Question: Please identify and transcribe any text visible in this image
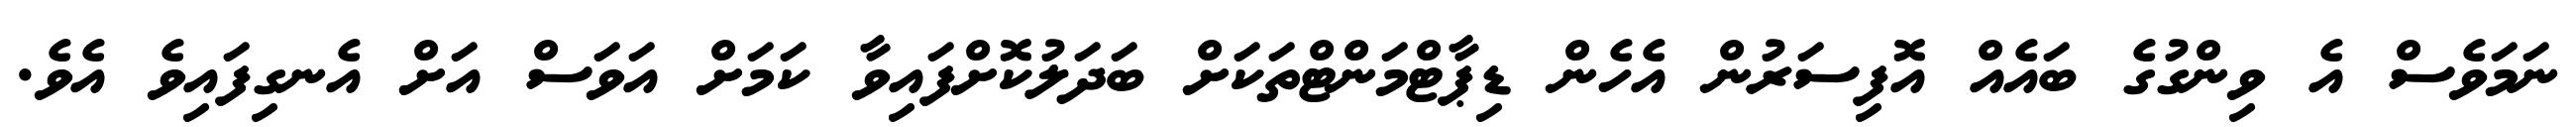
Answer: ނަމަވެސް އެ ވިންގުގެ ބައެއް އޮފިސަރުން އެހެން ޑިޕާޓްމަންޓްތަކަށް ބަދަލުކޮށްފައިވާ ކަމަށް އަވަސް އަށް އެނގިފައިވެ އެވެ.